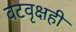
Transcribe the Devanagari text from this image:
वटवृक्षही